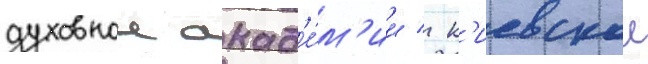
духовнои акад'е́м'ии / к'иевскои